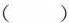
()